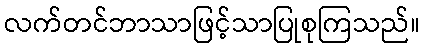
လက်တင်ဘာသာဖြင့်သာပြုစုကြသည်။